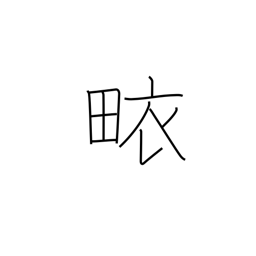
Meaning: surplice